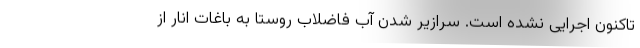
تاکنون اجرایی نشده است. سرازیر شدن آب فاضلاب روستا به باغات انار از